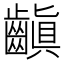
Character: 齻